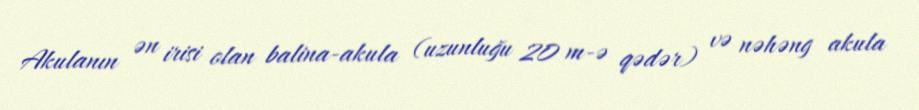
Akulanın ən irisi olan balina-akula (uzunluğu 20 m-ə qədər) və nəhəng akula